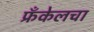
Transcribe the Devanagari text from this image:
फ्रँकेलचा